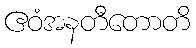
ဧဝံအနတီတောတိ